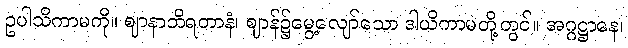
ဥပါသိကာမကို။ ဈာနာဘိရတာနံ၊ ဈာန်၌မွေ့လျော်သော ဒါယိကာမတို့တွင်။ အဂ္ဂဋ္ဌာနေ၊